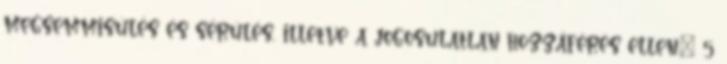
megsemmisülés és sérülés, illetve a jogosulatlan hozzáférés ellen.” 5